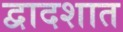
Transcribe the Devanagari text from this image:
द्वादशात